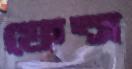
ফেন্স